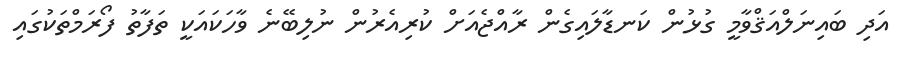
އަދި ބައިނަލްއަޤްވާމީ ގުޅުން ކަނޑާލައިގެން ރާއްޖެއަށް ކުރިއެރުން ނުލިބޭނެ ވާހަކައަކީ ތަފާތު ފޯރަމްތަކުގައި